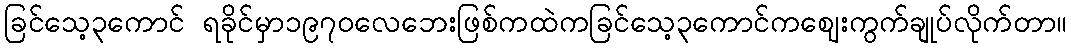
ခြင်သေ့၃ကောင် ရခိုင်မှာ၁၉၇၀လေဘေးဖြစ်ကထဲကခြင်သေ့၃ကောင်ကဈေးကွက်ချုပ်လိုက်တာ။